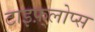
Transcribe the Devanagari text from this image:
टाइफ़्लोप्स